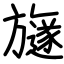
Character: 旞